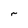
Character: r